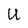
Character: U